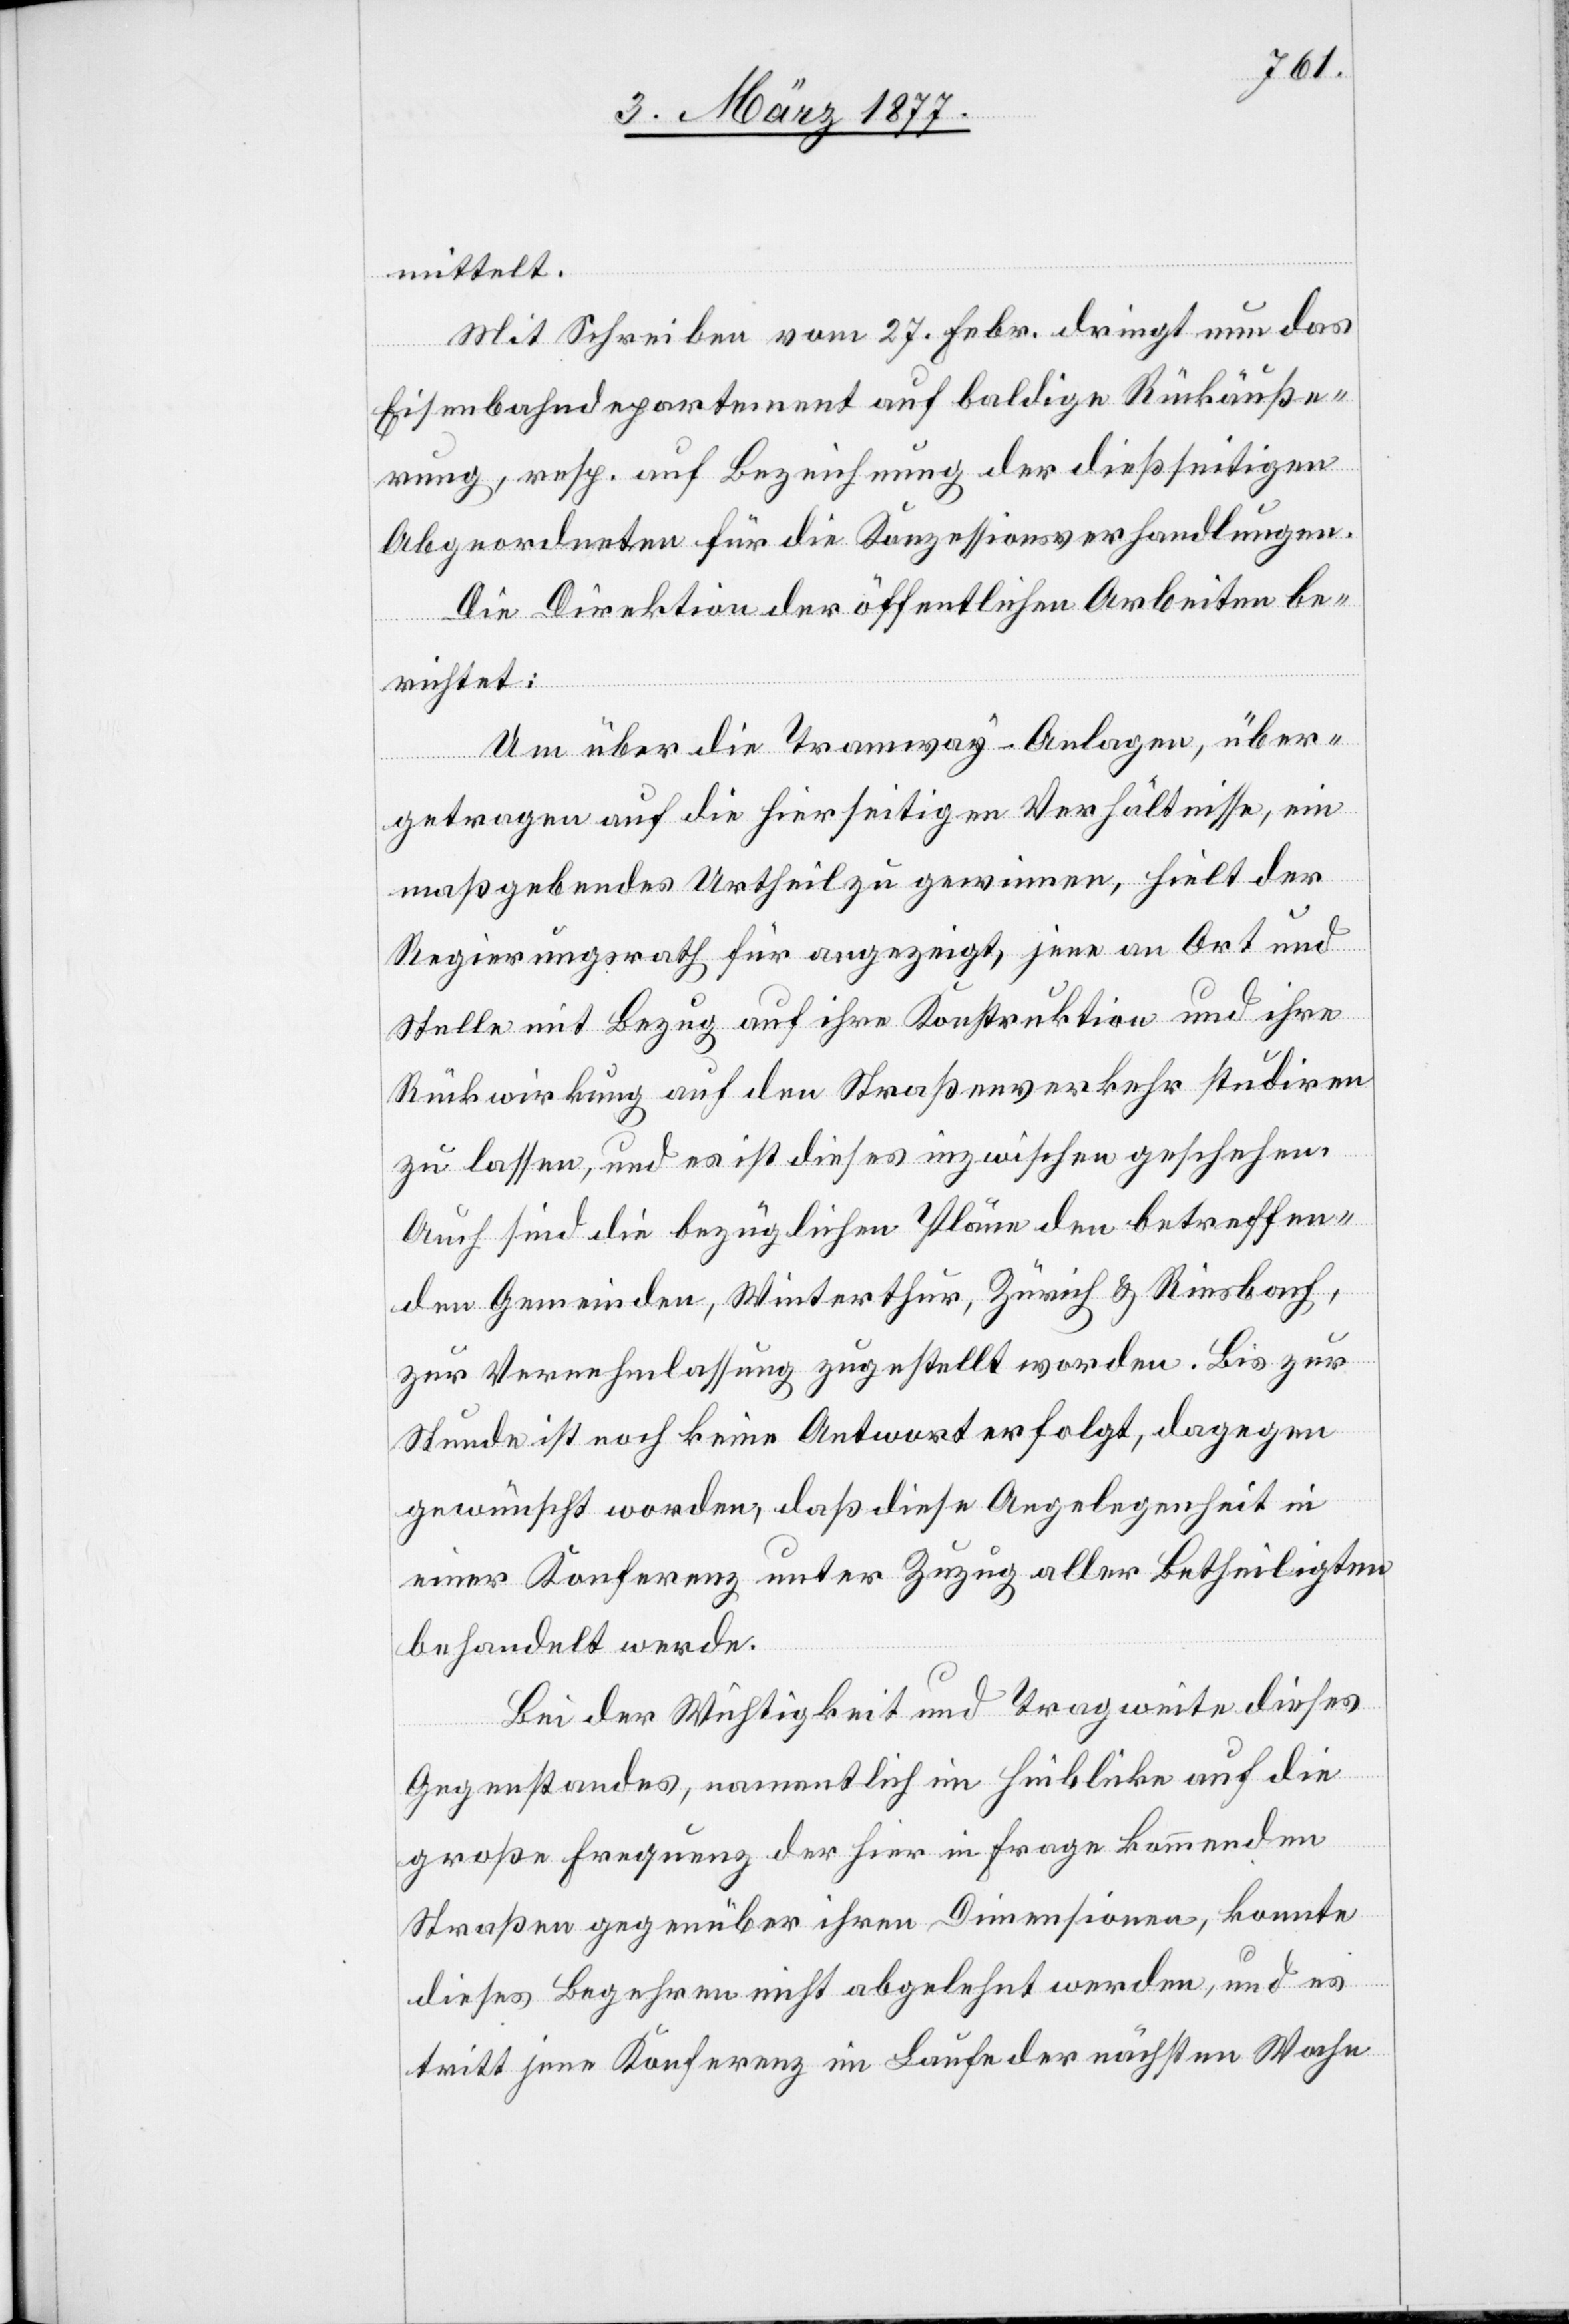
mittelt.
Mit Schreiben vom 27. Febr. dringt nun das
Eisenbahndepartement auf baldige Rückäuße¬
rung, resp. auf Bezeichnung der dießseitigen
Abgeordneten für die Konzessionsverhandlungen.
Die Direktion der öffentlichen Arbeiten be¬
richtet:
Um über die Tramway-Anlagen, über¬
getragen auf die hierseitigen Verhältnisse, ein
maßgebendes Urtheil zu gewinnen, hielt der
Regierungsrath für angezeigt, jene an Ort und
Stelle mit Bezug auf ihre Konstruktion und ihre
Rückwirkung auf den Straßenverkehr studiren
zu lassen, und es ist dieses inzwischen geschehen.
Auch sind die bezüglichen Pläne den betreffen¬
den Gemeinden, Winterthur, Zürich & Riesbach,
zur Vernehmlassung zugestellt worden. Bis zur
Stunde ist noch keine Antwort erfolgt, dagegen
gewünscht worden, daß diese Angelegenheit in
einer Konferenz unter Zuzug aller Betheiligten
behandelt werde.
Bei der Wichtigkeit und Tragweite dieses
Gegenstandes, namentlich im Hinblicke auf die
große Frequenz der hier in Frage kommenden
Straßen gegenüber ihren Dimensionen, konnte
dieses Begehren nicht abgelehnt werden, und es
tritt jene Konferenz im Laufe der nächsten Woche